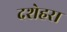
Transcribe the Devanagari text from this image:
दशेहरा